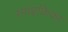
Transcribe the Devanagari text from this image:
स्पाइकिका